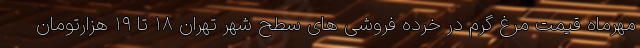
مهرماه قیمت مرغ گرم در خرده فروشی های سطح شهر تهران ۱۸ تا ۱۹ هزارتومان